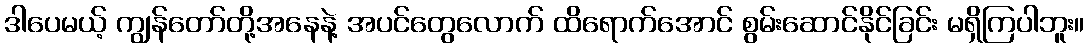
ဒါပေမယ့် ကျွန်တော်တို့အနေနဲ့ အပင်တွေလောက် ထိရောက်အောင် စွမ်းဆောင်နိုင်ခြင်း မရှိကြပါဘူး။